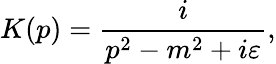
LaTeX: K(p)={\frac{i}{p^{2}-m^{2}+i\varepsilon}},